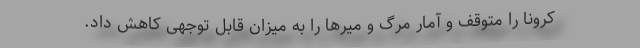
کرونا را متوقف و آمار مرگ و میرها را به میزان قابل توجهی کاهش داد.